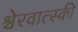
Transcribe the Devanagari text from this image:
श्चेरवात्स्की